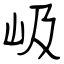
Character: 岋